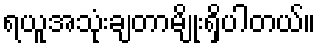
ရယူအသုံးချတာမျိုးရှိပါတယ်။